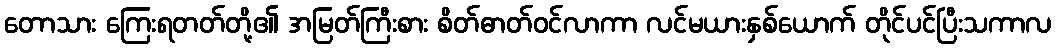
တောသား ကြေးရတတ်တို့၏ အမြတ်ကြီးစား စိတ်ဓာတ်ဝင်လာကာ လင်မယားနှစ်ယောက် တိုင်ပင်ပြီးသကာလ